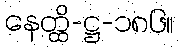
နေတ္ထိ-ဋ္ဌ-၁၈၆။